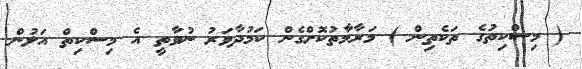
( މިސްކިތުގެ ތަކެތިން ) މަރާމާތުކޮށްގެން ކަމުދާވަރު ނުވާތީ އެ މިސްކިތް އަލުން